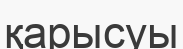
қарысуы